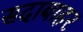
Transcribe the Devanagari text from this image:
सदाबाहर